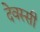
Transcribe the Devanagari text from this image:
देवस्सी